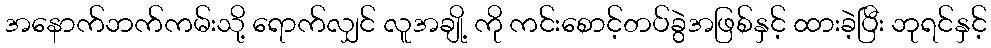
အနောက်ဘက်ကမ်းသို့ ရောက်လျှင် လူအချို့ ကို ကင်းစောင့်တပ်ခွဲအဖြစ်နှင့် ထားခဲ့ပြီး ဘုရင်နှင့်